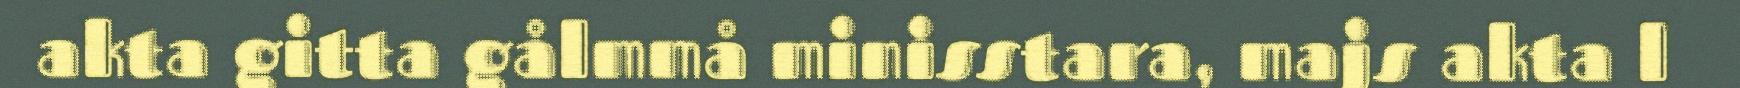
akta gitta gålmmå minisstara, majs akta l